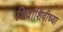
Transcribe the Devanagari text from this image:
शिवाशिवीच्या